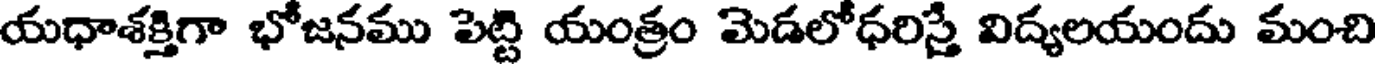
యధాశక్తిగా భోజనము పెట్టి యంత్రం మెడలోధరిస్తే విద్యలయందు మంచి